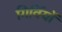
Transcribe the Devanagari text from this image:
गिर्वियों